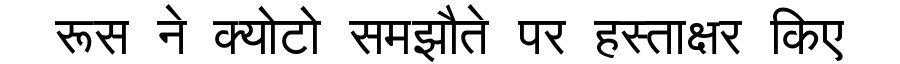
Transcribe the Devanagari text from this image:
रूस ने क्योटो समझौते पर हस्ताक्षर किए